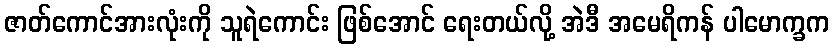
ဇာတ်ကောင်အားလုံးကို သူရဲကောင်း ဖြစ်အောင် ရေးတယ်လို့ အဲဒီ အမေရိကန် ပါမောက္ခက